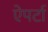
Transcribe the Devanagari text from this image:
ऐपर्टा